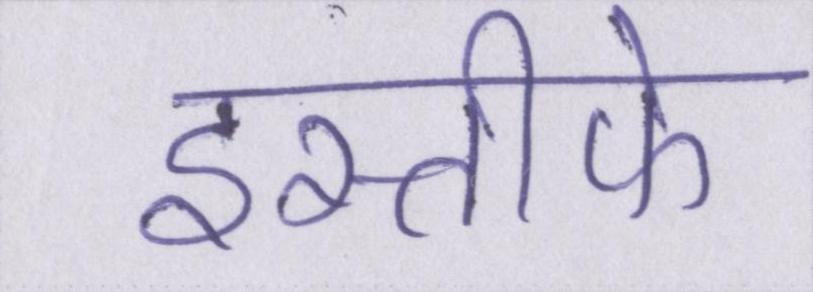
इस्तीफे